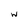
Character: w